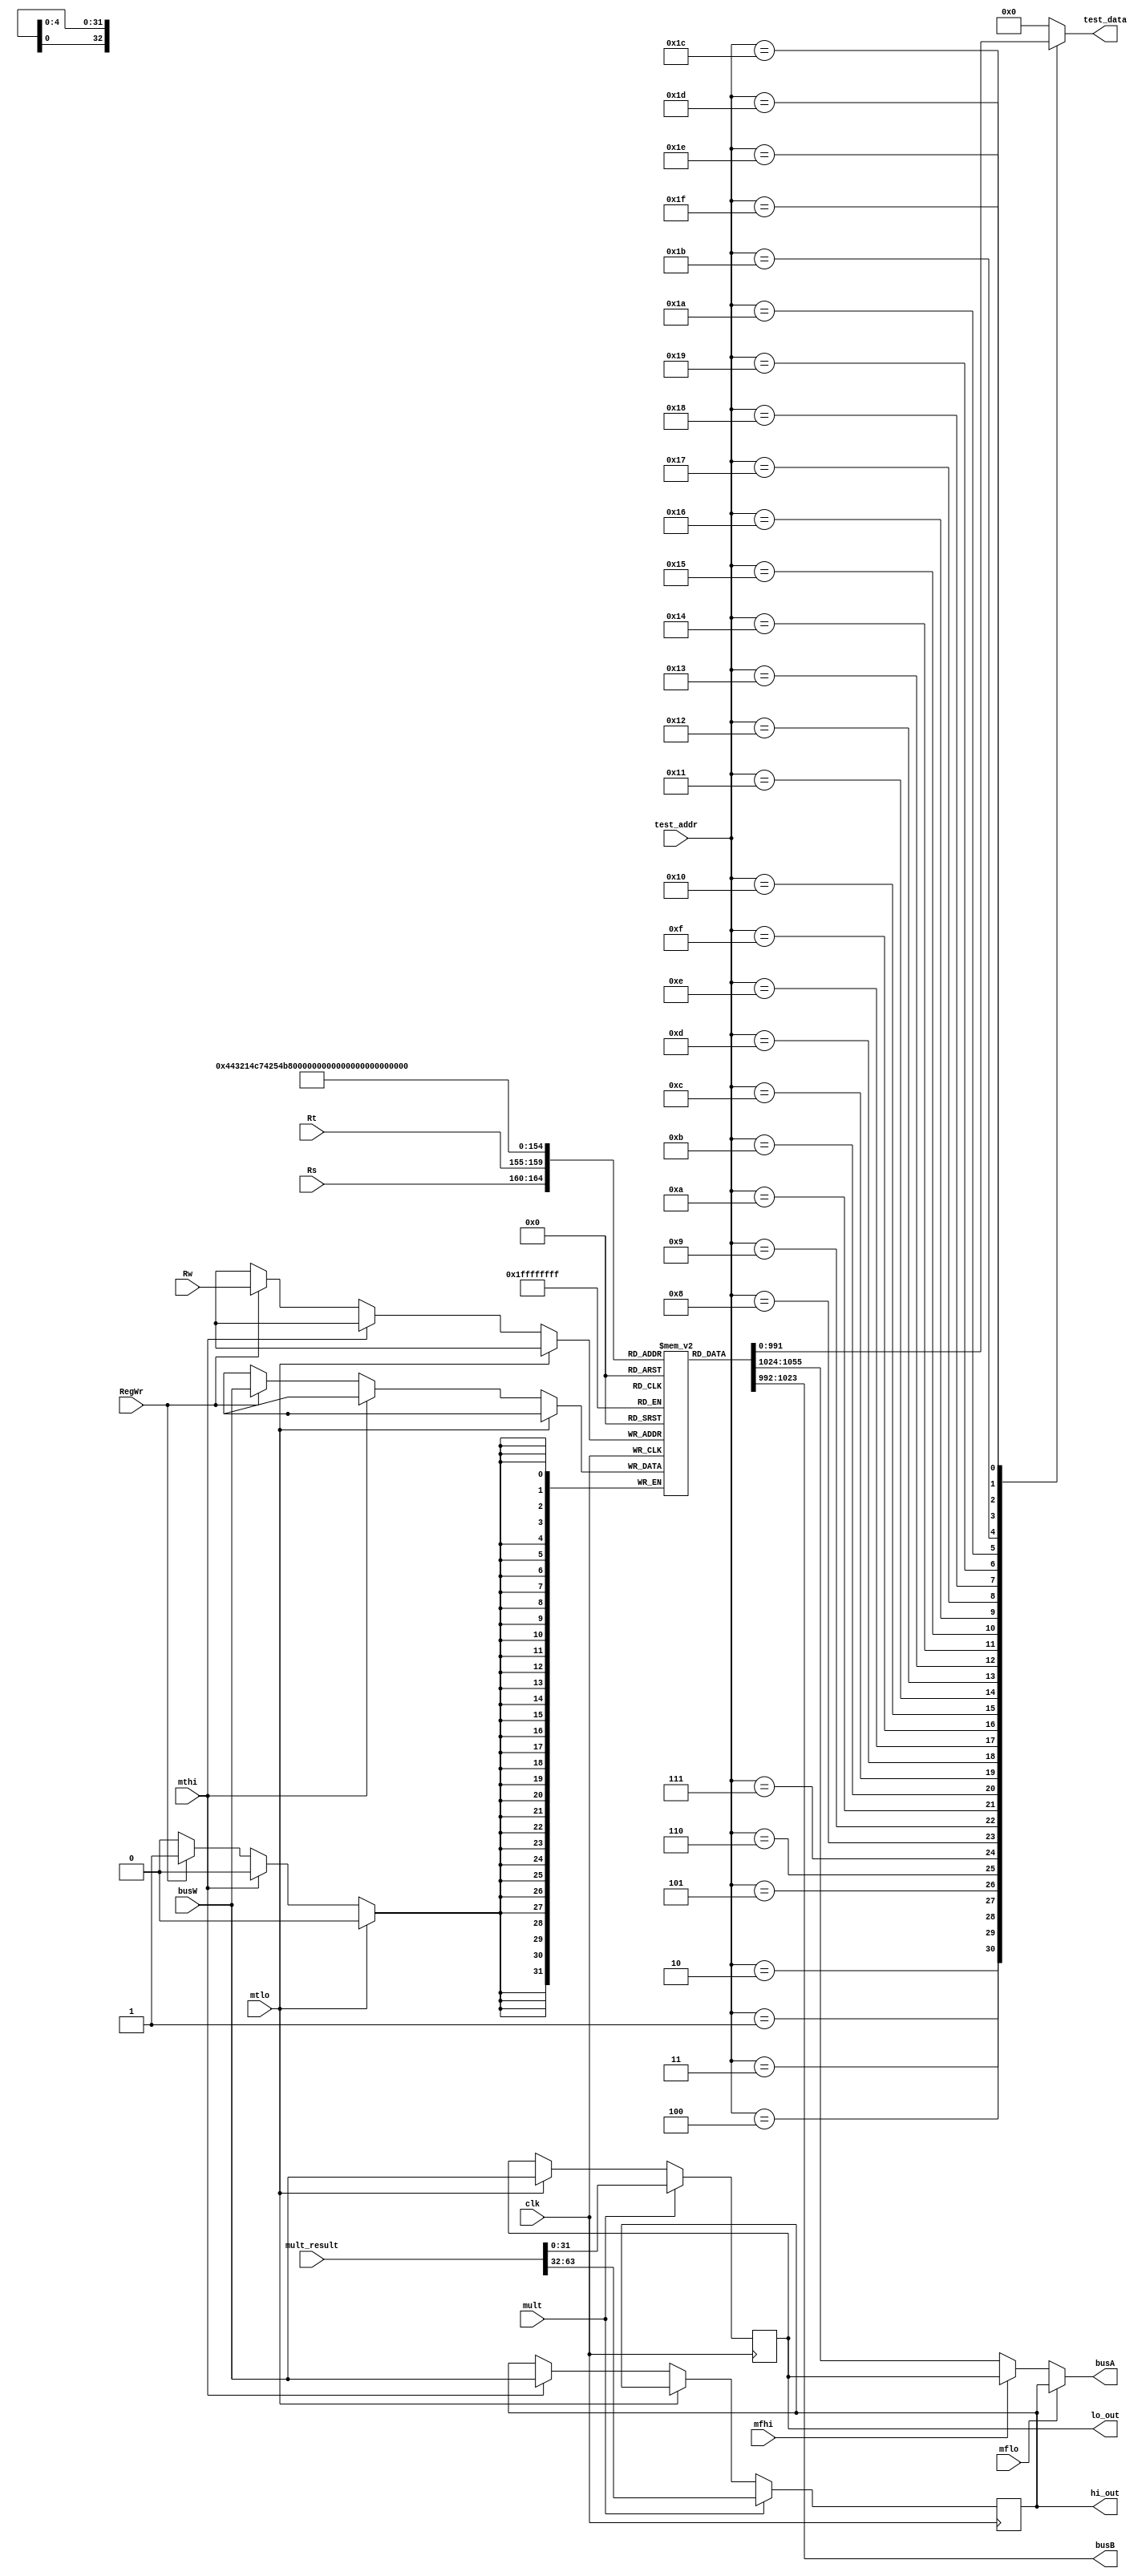
module regfile(Rs,Rt,Rw, test_addr, busW,clk,busA,busB, hi_out, lo_out, test_data, RegWr, mflo, mfhi, mtlo, mthi, mult, mult_result);
	input clk,RegWr, mflo, mfhi, mtlo, mthi, mult;
 	input[4:0] Rs,Rt,Rw, test_addr;
 	input[31:0] busW;
	input[63:0] mult_result;
 	output[31:0] busA,busB, hi_out, lo_out;
	output reg [31:0]test_data;

 	reg [31:0] regs[31:0];
	reg[31:0] hi,lo;
 
 	initial
 	begin
		regs[0] = 0;
	end
	assign busA = mflo?hi:mfhi?lo:regs[Rs];
	assign busB = regs[Rt];
	assign hi_out = hi;
	assign lo_out = lo;
	
	always @(*)
		begin
	        case (test_addr)
            5'd1 : test_data <= regs[1 ];
            5'd2 : test_data <= regs[2 ];
            5'd3 : test_data <= regs[3 ];
            5'd4 : test_data <= regs[4 ];
            5'd5 : test_data <= regs[5 ];
            5'd6 : test_data <= regs[6 ];
            5'd7 : test_data <= regs[7 ];
            5'd8 : test_data <= regs[8 ];
            5'd9 : test_data <= regs[9 ];
            5'd10: test_data <= regs[10];
            5'd11: test_data <= regs[11];
            5'd12: test_data <= regs[12];
            5'd13: test_data <= regs[13];
            5'd14: test_data <= regs[14];
            5'd15: test_data <= regs[15];
            5'd16: test_data <= regs[16];
            5'd17: test_data <= regs[17];
            5'd18: test_data <= regs[18];
            5'd19: test_data <= regs[19];
            5'd20: test_data <= regs[20];
            5'd21: test_data <= regs[21];
            5'd22: test_data <= regs[22];
            5'd23: test_data <= regs[23];
            5'd24: test_data <= regs[24];
            5'd25: test_data <= regs[25];
            5'd26: test_data <= regs[26];
            5'd27: test_data <= regs[27];
            5'd28: test_data <= regs[28];
            5'd29: test_data <= regs[29];
            5'd30: test_data <= regs[30];
            5'd31: test_data <= regs[31];
            default : test_data <= 32'd0;
        endcase
   end

	always@ (negedge clk)
	begin
		if(mtlo) lo = busW;
		else if(mthi) hi = busW;
		else if(RegWr) regs[Rw] = busW;
		
		if(mult) begin hi = mult_result[63:32]; lo = mult_result[31:0];end
	end

endmodule